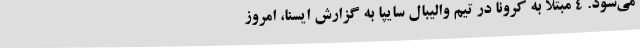
می‌شود. 4 مبتلا به کرونا در تیم‌ والیبال سایپا به گزارش ایسنا، امروز